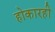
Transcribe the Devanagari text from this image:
होकारही